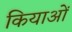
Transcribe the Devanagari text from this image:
कियाओं